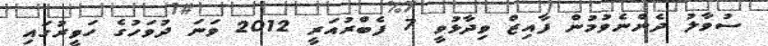
ސުވާލު ދެންނެވުމުން ފާއިޒް ވިދާޅުވީ 7 ފެބްރުއަރީ 2012 ވަނަ ދުވަހުގެ ހަވީރުގައި